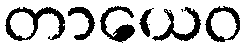
တာယေဝ